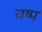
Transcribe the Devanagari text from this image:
वष्प